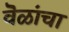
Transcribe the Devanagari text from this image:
वॆळांचा